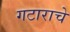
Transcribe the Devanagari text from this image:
गटाराचे